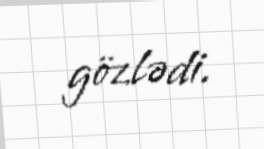
gözlədi.